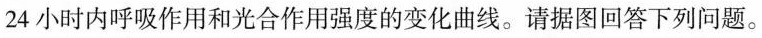
24小时内呼吸作用和光合作用强度的变化曲线。请据图回答下列问题。